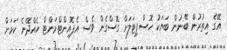
އޭގެ އިތުރުން ބޭނުން ބަޔަކު ހޮސްޕިޓަލަށް ގޮސްގެން ވެސް އެޕޮއިންޓްމަންޓް ހެއްދޭނެ ކަމަށް